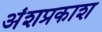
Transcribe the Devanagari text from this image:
अंशप्रकाश